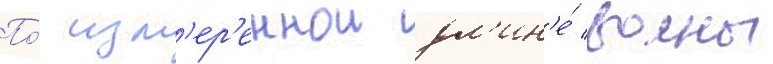
По́ изм'ер'еннои дл'ин'е́ волны